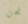
نحن